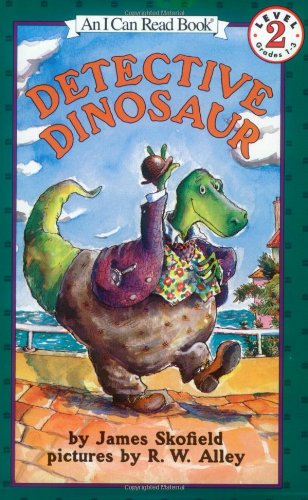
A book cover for Detective Dinosaur (I Can Read Level 2); James Skofield; Children's Books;